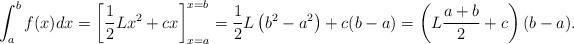
LaTeX: \begin{align*} \int_a^b f(x) dx = \left[\frac{1}{2}Lx^2 +cx \right]_{x=a}^{x=b} = \frac{1}{2}L \left(b^2 - a^2\right) + c (b-a) = \left(L \frac{a+b}{2} + c\right)(b-a). \end{align*}